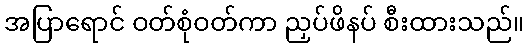
အပြာရောင် ဝတ်စုံဝတ်ကာ ညှပ်ဖိနပ် စီးထားသည်။